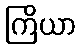
ကြိယာ